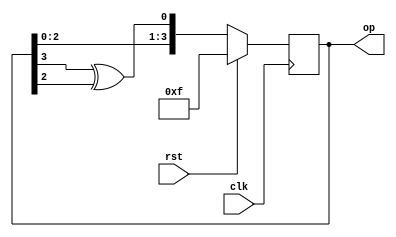
`timescale 1ns / 1ps
//////////////////////////////////////////////////////////////////////////////////
// Company: 
// Engineer: 
// 
// Design Name: 
// Module Name: LFSR
// Project Name: 
// Target Devices: 
// Tool Versions: 
// Description: 
// 
// Dependencies: 
// 
// Revision:
// Revision 0.01 - File Created
// Additional Comments:
// 
//////////////////////////////////////////////////////////////////////////////////


module LFSR(input clk, rst, output reg [3:0] op);
  always@(posedge clk) begin
    if(rst) op <= 4'hf;
    else op = {op[2:0],(op[3]^op[2])};
  end
endmodule